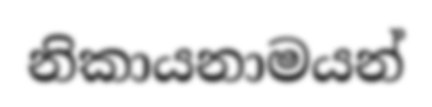
නිකායනාමයන්